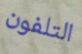
التلفون